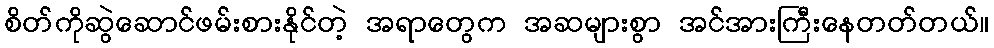
စိတ်ကိုဆွဲဆောင်ဖမ်းစားနိုင်တဲ့ အရာတွေက အဆများစွာ အင်အားကြီးနေတတ်တယ်။